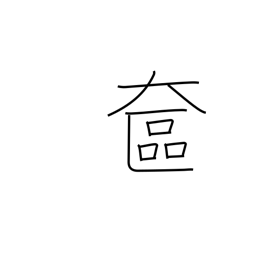
Meaning: lady's vanity case